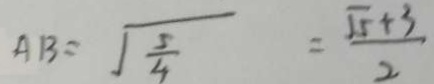
A B = \sqrt { \frac { 5 } { 4 } } = \frac { \sqrt { 5 } + 3 } { 2 }